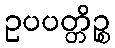
ဥပပတ္တိဉ္စ